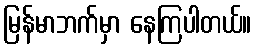
မြန်မာဘက်မှာ နေကြပါတယ်။